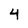
Character: 4